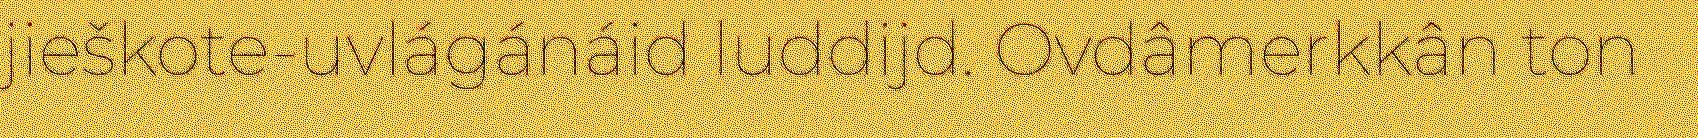
jieškote-uvlágánáid luddijd. Ovdâmerkkân ton